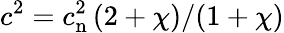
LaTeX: c^{2}=c_{\mathrm{n}}^{2}\, (2+\chi)/(1+\chi)